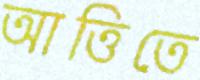
আত্তিতে